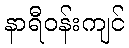
နာရီဝန်းကျင်